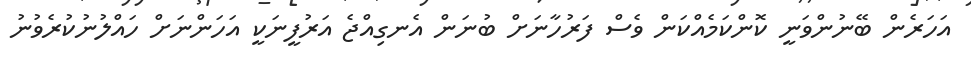
އަހަރެން ބޭނުންވަނީ ކޮންކަމެއްކަން ވެސް ފަރުހާނަށް ބުނަން އެނގިއްޖެ އަރުފީނަކީ އަހަންނަށް ހައްލުނުކުރެވުނު